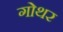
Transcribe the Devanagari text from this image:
गोथर